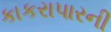
કાકરાપારની